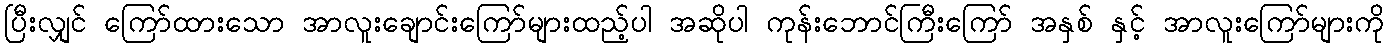
ပြီးလျှင် ကြော်ထားသော အာလူးချောင်းကြော်များထည့်ပါ အဆိုပါ ကုန်းဘောင်ကြီးကြော် အနှစ် နှင့် အာလူးကြော်များကို